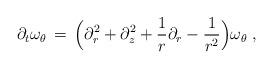
LaTeX: \begin{align*} \partial_t \omega_\theta \,=\, \Bigl(\partial_r^2 + \partial_z^2 + \frac{1}{r}\partial_r - \frac{1}{r^2}\Bigr)\omega_\theta~,\end{align*}